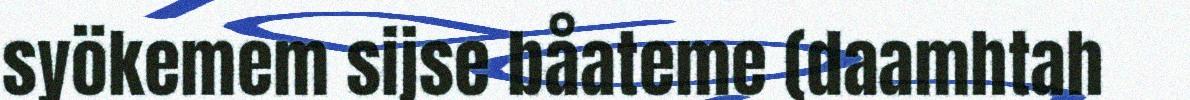
syökemem sijse båateme (daamhtah